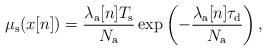
LaTeX: \begin{align*}\mu_{\rm s}(x[n])= \frac{\lambda_\mathrm{a}[n]T_{\rm s}}{N_{\rm a}} \exp\left(-\frac{\lambda_\mathrm{a}[n]\tau_{\rm d}}{N_{\rm a}}\right), \end{align*}